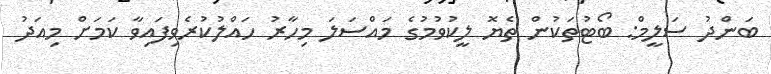
ބަންދު ސަލީމް: ބޯޓުތަކުން ތެޔޮ ލީކުވުމުގެ މައްސަލަ މިހާރު ހައްލުކުރެވިފައިވާ ކަމަށް މިއަދު